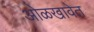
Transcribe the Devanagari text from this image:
ओळखावेत